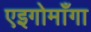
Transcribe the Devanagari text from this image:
एइगोमाँगा